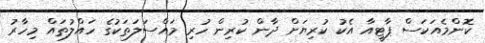
ކޮންމެއަކަސް ޕާޓީއާ އެކު ކުރިޔަށް ދާން ކުރިން ހުރި މައްސަލަތަކުގެ ހައްލުތައް މިހާރު